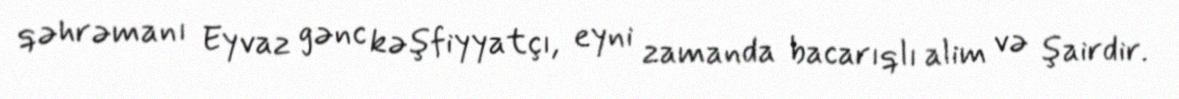
qəhrəmanı Eyvaz gənc kəşfiyyatçı, eyni zamanda bacarıqlı alim və şairdir.